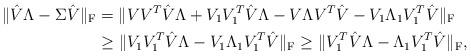
LaTeX: \begin{align*}\|\hat{V}\Lambda - \Sigma\hat{V}\|_{\mathrm{F}} &= \|VV^T\hat{V}\Lambda + V_1V_1^T \hat{V} \Lambda - V\Lambda V^T\hat{V} - V_1 \Lambda_1 V_1^T\hat{V}\|_{\mathrm{F}} \\&\geq \|V_1V_1^T\hat{V}\Lambda - V_1\Lambda_1 V_1^T\hat{V}\|_{\mathrm{F}} \geq \|V_1^T\hat{V}\Lambda - \Lambda_1 V_1^T\hat{V}\|_{\mathrm{F}},\end{align*}